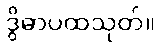
ဒွိဓာပထသုတ်။